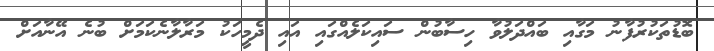
ބޮޑުތަކުރުފާނު މަގާއި ބައްދަލުވާ ހިސާބުން ސައިކަލެއްގައި އައި ދެމީހަކު މަރާލާނެކަމަށް ބުނެ އޭނާއަށް